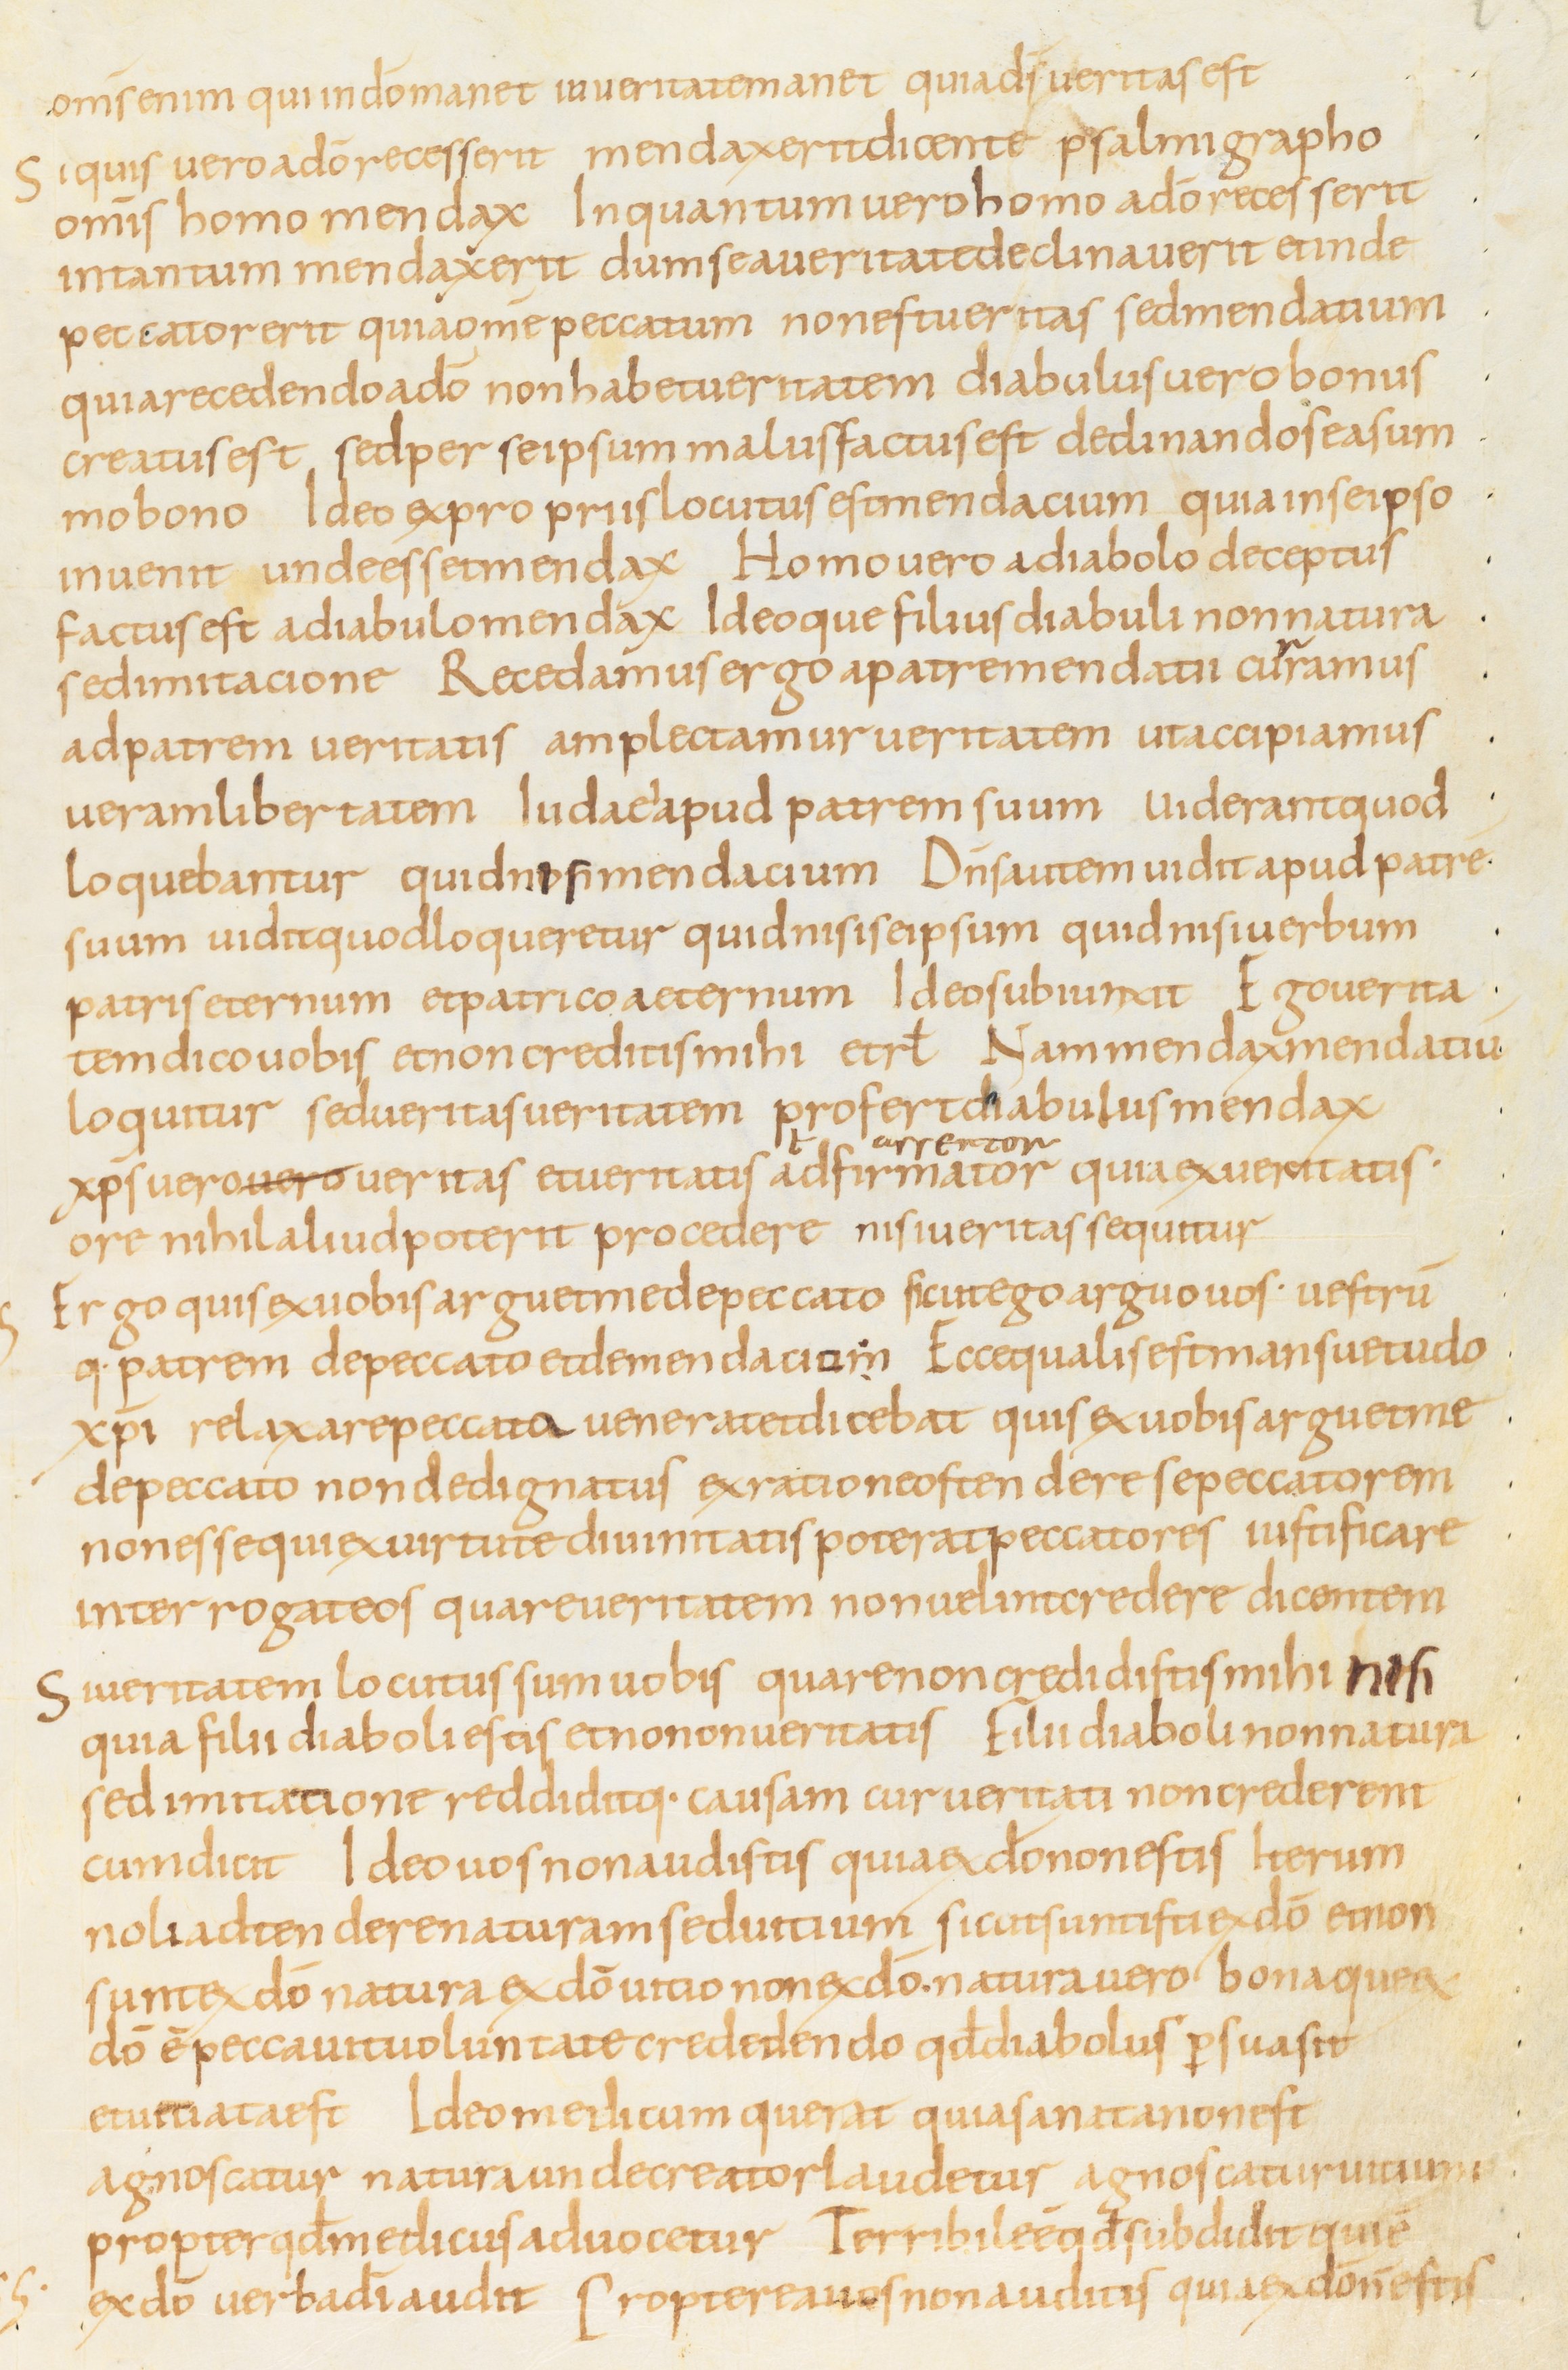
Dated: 800–899